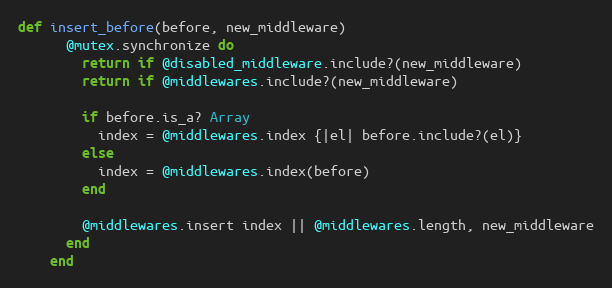
Language: Ruby
def insert_before(before, new_middleware)
      @mutex.synchronize do
        return if @disabled_middleware.include?(new_middleware)
        return if @middlewares.include?(new_middleware)

        if before.is_a? Array
          index = @middlewares.index {|el| before.include?(el)}
        else
          index = @middlewares.index(before)
        end

        @middlewares.insert index || @middlewares.length, new_middleware
      end
    end